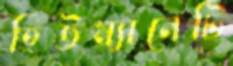
হিউম্যানেটি